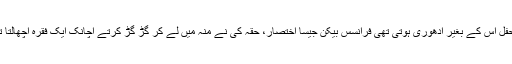
سرد راتوں میں الاؤ کے گرد جمی محفل اس کے بغیر ادھوری ہوتی تھی فرانسس بیکن جیسا اختصار، حقہ کی نے منہ میں لے کر گڑ گڑ کرتے اچانک ایک فقرہ اچھالتا تھا اور محفل لوٹ پوٹ ہو جاتی تھی ۔